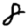
Digit: 8